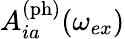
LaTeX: A_{ia}^{\mathrm{(ph)}}(\omega_{ex})